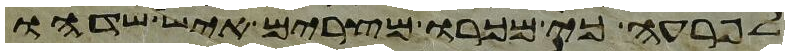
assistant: לפרעה כי מכרו מצרים איש שדהו